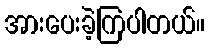
အားပေးခဲ့ကြပါတယ်။